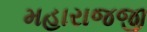
મહારાજજી